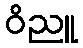
ဝိညူ